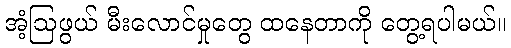
အံ့ဩဖွယ် မီးလောင်မှုတွေ ထနေတာကို တွေ့ရပါမယ်။